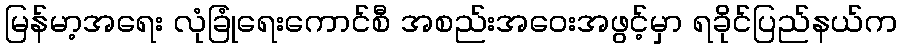
မြန်မာ့အရေး လုံခြုံရေးကောင်စီ အစည်းအဝေးအဖွင့်မှာ ရခိုင်ပြည်နယ်က